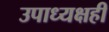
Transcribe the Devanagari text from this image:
उपाध्यक्षही